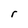
Character: r